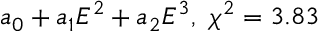
a _ { 0 } + a _ { 1 } E ^ { 2 } + a _ { 2 } E ^ { 3 } , \ \chi ^ { 2 } = 3 . 8 3